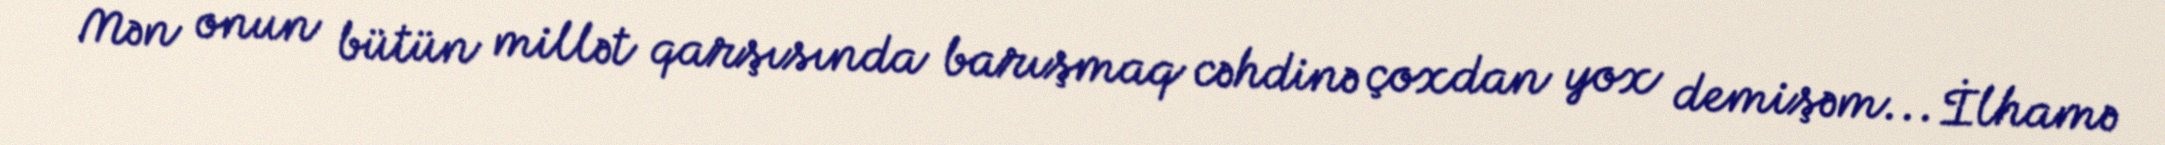
Mən onun bütün millət qarşısında barışmaq cəhdinə çoxdan yox demişəm... İlhamə